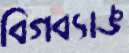
বিগব্যাঙ